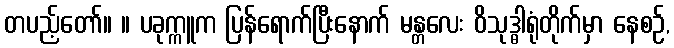
တပည့်တော်။ ။ ပခုက္ကူက ပြန်ရောက်ပြီးနောက် မန္တလေး ဝိသုဒ္ဓါရုံတိုက်မှာ နေစဉ်,